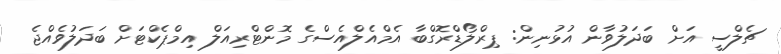
ޗެލްސީ އަށް ބަދަލުވާން އުޅުނިން: ޕިރްލޯޑްރޮގްބާ އެމްއެލްއެސްގެ މޮންޓްރިއަލް އިމްޕެކްޓަށް ބަދަލުވެއްޖެ